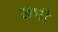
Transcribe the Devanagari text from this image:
खभी